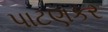
પાટણકર